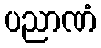
ပညာဏံ